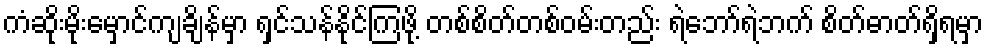
ကံဆိုးမိုးမှောင်ကျချိန်မှာ ရှင်သန်နိုင်ကြဖို့ တစ်စိတ်တစ်ဝမ်းတည်း ရဲဘော်ရဲဘက် စိတ်ဓာတ်ရှိရမှာ